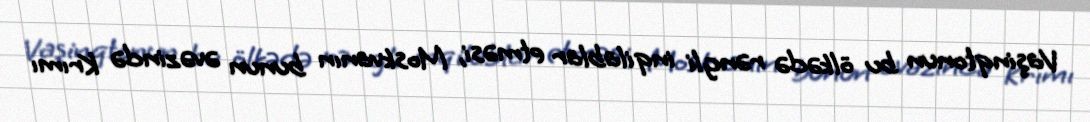
Vaşinqtonun bu ölkədə rəngli inqilablar etməsi, Moskvanın bunun əvəzində Krımı